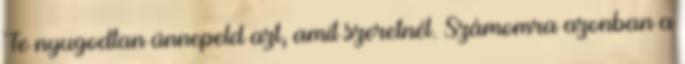
Te nyugodtan ünnepeld azt, amit szeretnél. Számomra azonban a